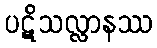
ပဋိသလ္လာနဿ